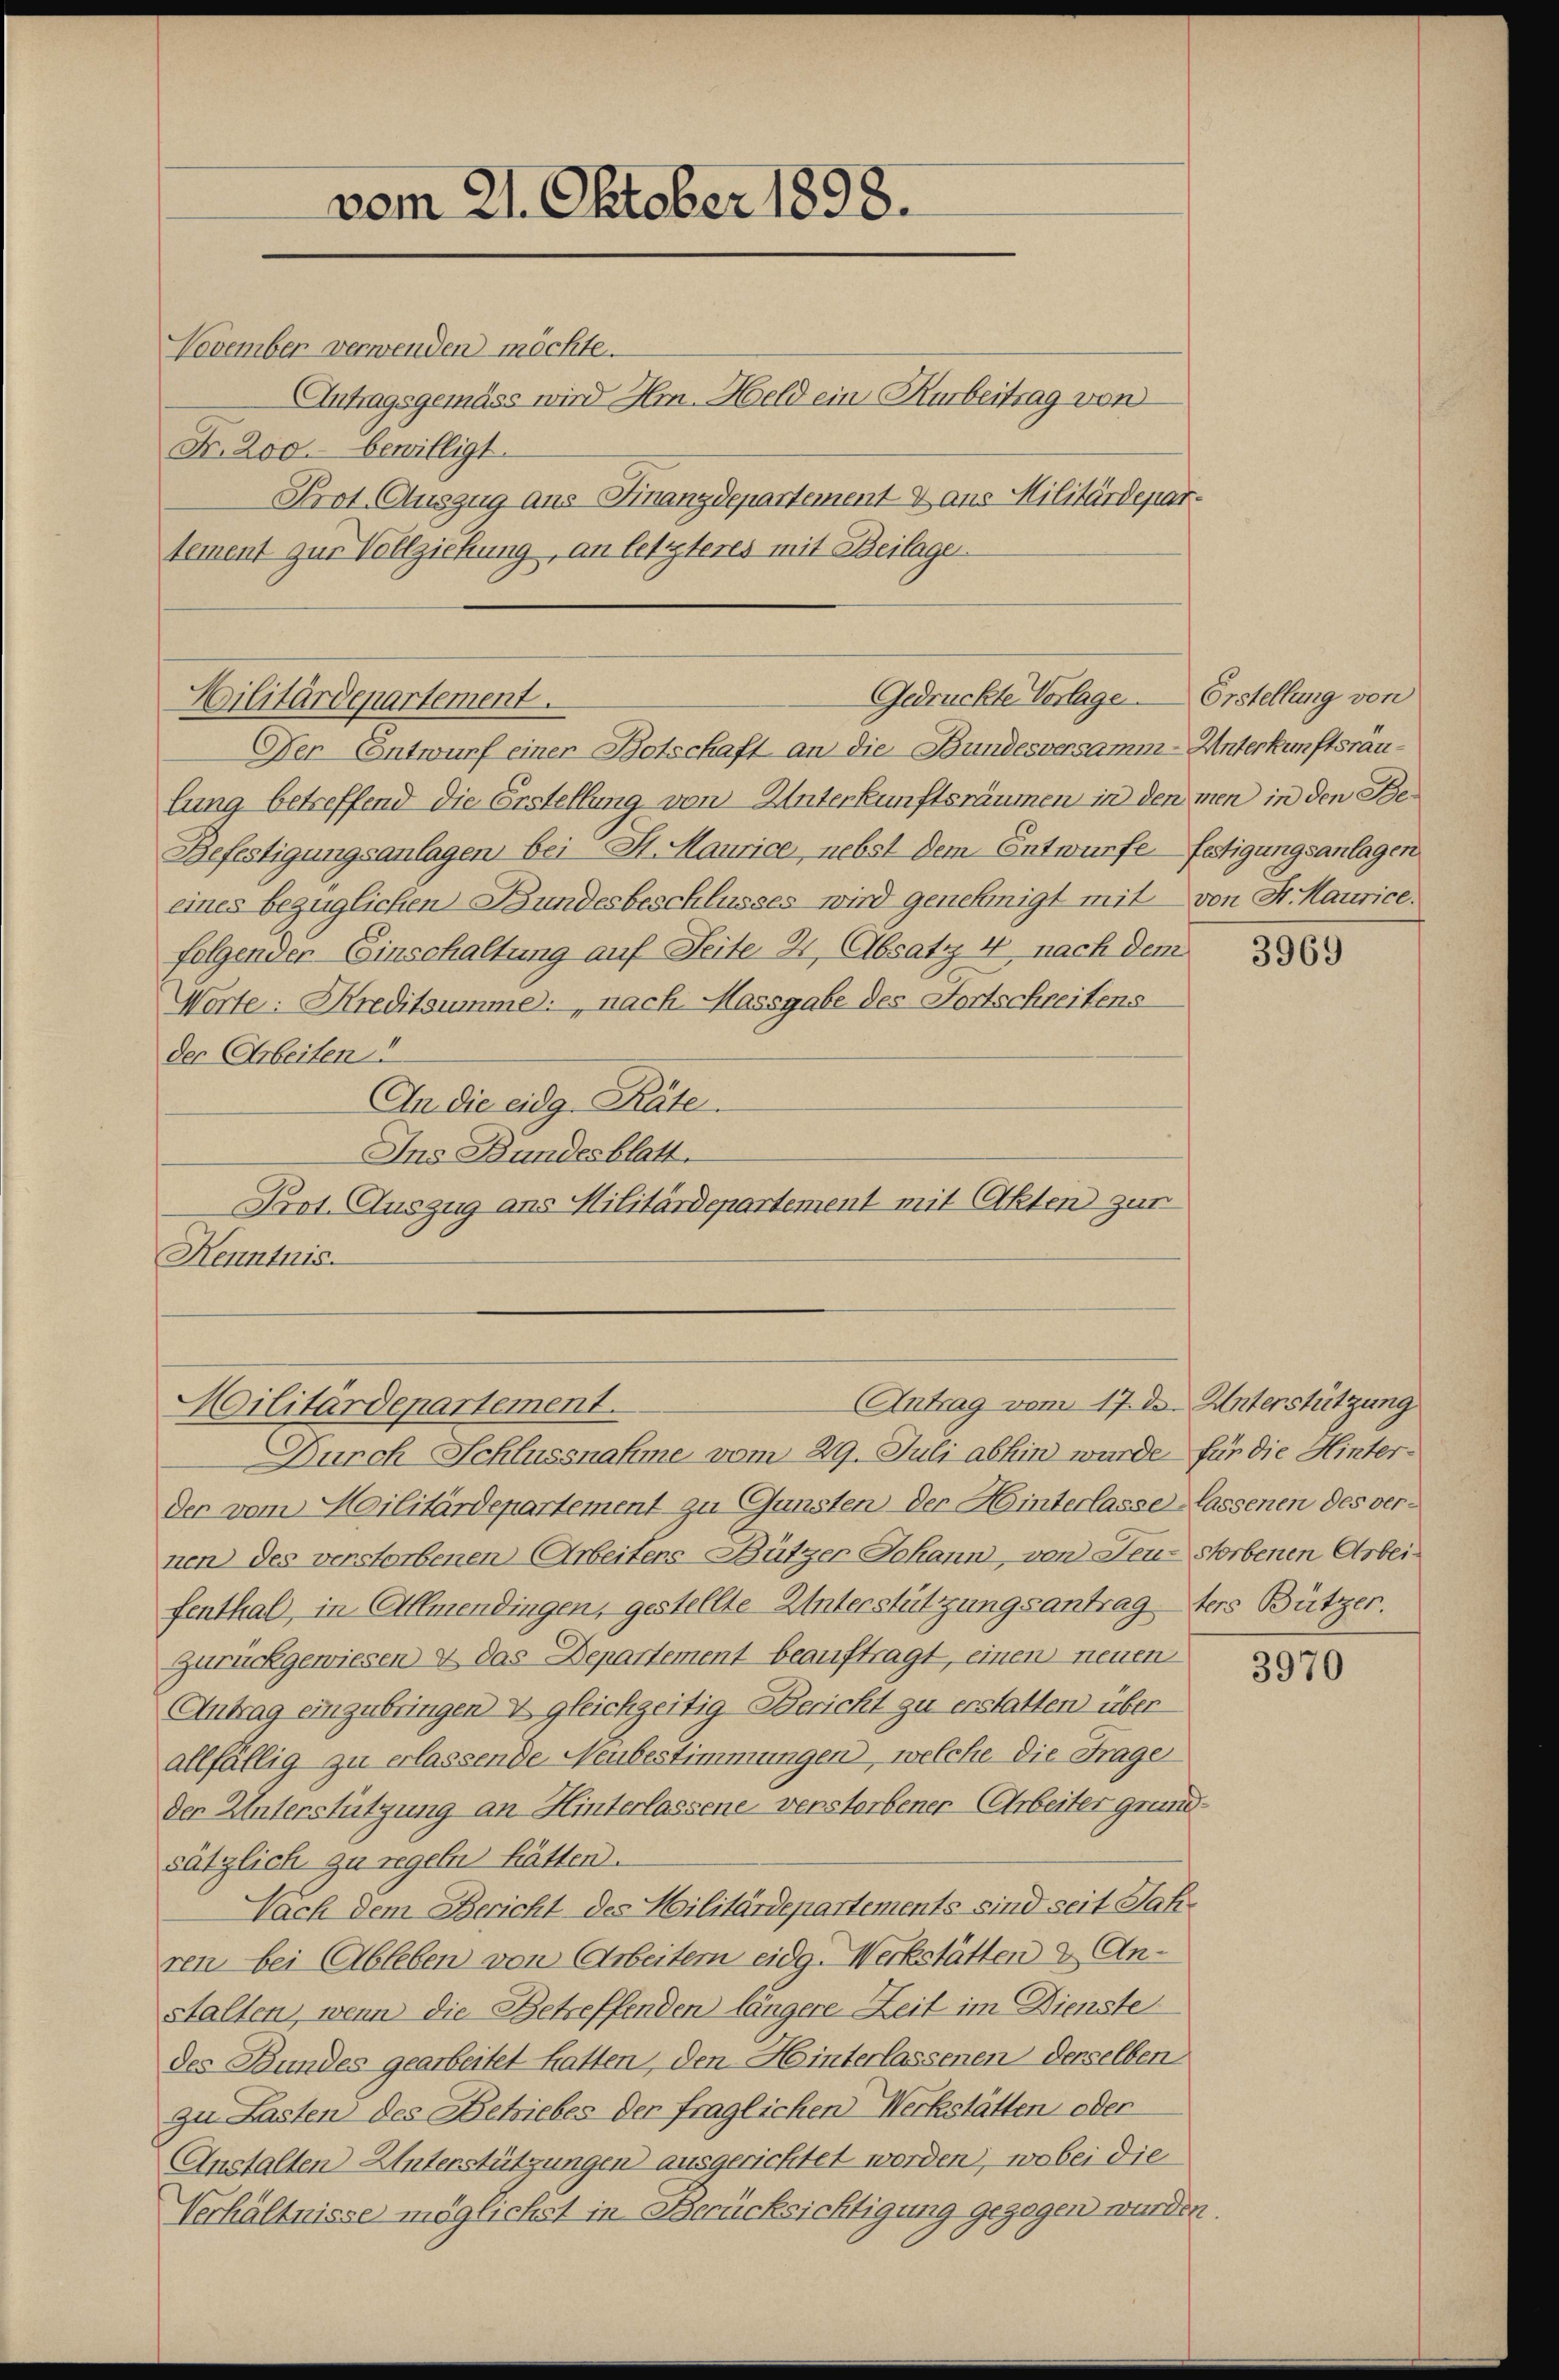
vom 21. Oktober 1898.

November verwenden möchte.
Antragsgemäss wird Hm. Held ein Karbeitrag von
Fr. 200.- bewilligt.
Prot. Auszug aus Finanzdepartement & aus Militärdepartement zur Vollziehung, an letzteres mit Beilagen.
Der Entwurf einer Botschaft an die Bundesversamm-Unterkunftsräulung betreffend die Erstellung von Unterkunftsräumen in den men in den Be¬
Befestigungsanlagen bei St. Maurice, nebst dem Entwurfe festigungsanlagen
eines bezüglichen Bundesbeschlusses wird genehmigt mit von Sr. Haurice.
folgender Einschaltung auf Seite 4 Absatz 4 nach dem
Worte: Kreditsumme: nach Massgabe des Fortschreitens
der Arbeiten
An die eidg. Pate
Ins Bundesblatt.
Prot. Auszug ans Militärdepartement mit Akten zur
Henntnis.
Antrag vom 17. der Unterstützung
Militärdepartement.
Durch Schlussnahme vom 29. Juli abhin wurde für die Hinterder vom Militärdepartement zu Gunsten der Hinterlasse lassenen des vernen) des verstorbenen Arbeitens Bützer Johann, von Feu-
fenthal, in Allmendingen, gestellte Unterstützungsantragters Bützer.
Zurückgewiesen & das Departement beauftragt, einen neuen
Antrag einzubringen & gleichzeitig Bericht zu erstatten über
allfällig zu erlassende Neubestimmungen, welche die Frage
der Unterstützung an Hinterlassene verstorbener Arbeiter grundsätzlich zu regeln hätten.
Nach dem Bericht des Militärdepartements sind seit Jahren bei Ableben von Arbeitern eidg. Werkstätten & Anstalten, wenn die Betreffenden längere Zeit im Dienste
des Bundes gearbeitet hatten, den Heinterlassenen derselben
zu Lasten des Betriebes der fraglichen Werkstätten oder
Anstalten Unterstützungen ausgerichtet worden, wobei die
Verhältnisse möglichst in Berücksichtigung gezogen wurden.

Gedrückte Vorlage
Hilitärdepartement.

Erstellung von

3969

storbenen Arbei¬

3970